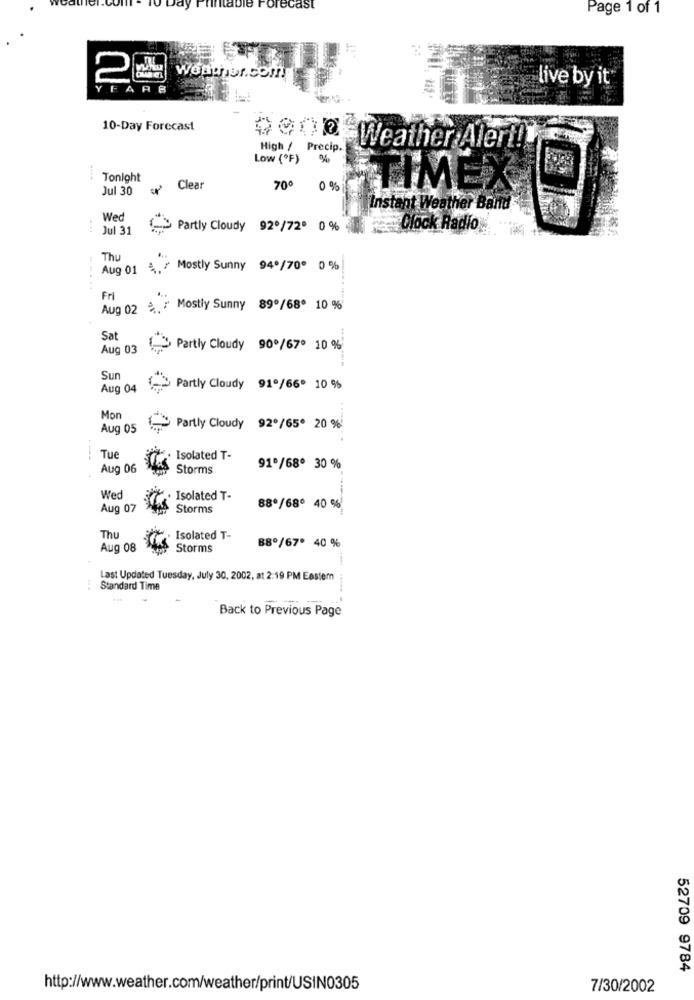
recast
Page 1 of 1
2
"weath or.com
FARB
live by it
10-Day Forecast
oGne Weather Alert !!
High / Precip.
Low (OF)
%
Tonight
Jul 30
Clear
700
0 %
TIMEX
Instant Weather Band
Wed
..
Jul 31
- Partly Cloudy 92º/720 0 %
Clock Radio
Thu
Aug 01
Mostly Sunny 94 /70 0 %
.....
Fri
Aug 02 %.
Mostly Sunny 89º/68º 10 %
Sat
...
Aug 03
Partly Cloudy 90º/67º 10 %
Sun
Aug 04
Partly Cloudy 91º/66 10 %
Mon
Aug 05
Partly Cloudy 92º/65* 20 %
---
Tue
Isolated T-
Aug 06
Storms
91º/68º 30 %
Wed
· Isolated T-
Aug 07
Storms
88º/68º 40 %
Thu
Isolated T-
Aug 08
Storms
88º/67 40 %
Last Updated Tuesday, July 30, 2002, at 2:19 PM Eastern
Standard Time
Back to Previous Page
52709 9784
http://www.weather.com/weather/print/USIN0305
7/30/2002